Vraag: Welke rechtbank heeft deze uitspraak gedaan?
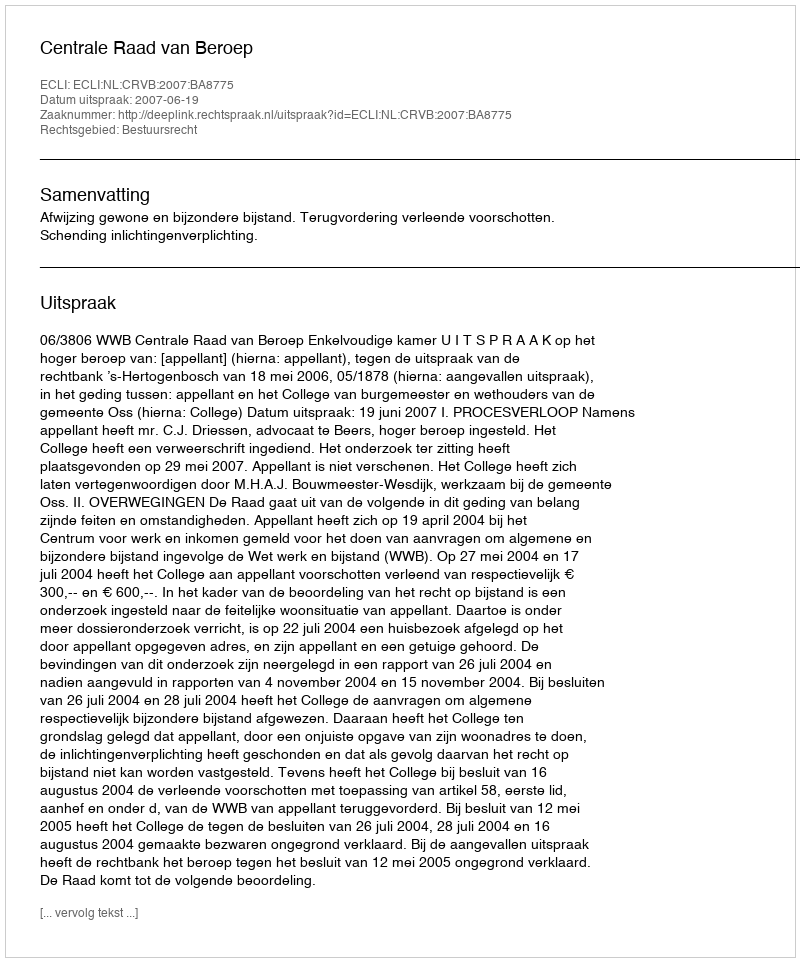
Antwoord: Centrale Raad van Beroep